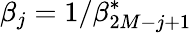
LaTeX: \beta_{j}=1/\beta_{2M-j+1}^{\ast}